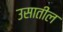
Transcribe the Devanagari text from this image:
उसातील